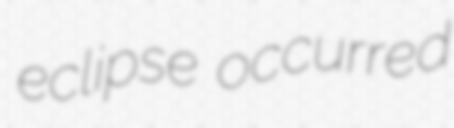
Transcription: eclipse occurred